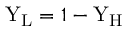
\mathrm { Y _ { L } } = 1 - \mathrm { Y _ { H } }